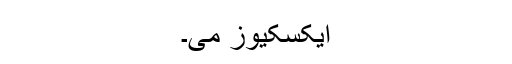
ایکسکیوز می۔